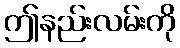
ဤနည်းလမ်းကို